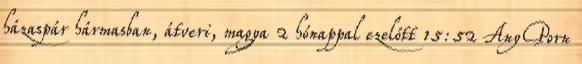
házaspár hármasban, átveri, magya 2 hónappal ezelőtt 15:52 AnyPorn